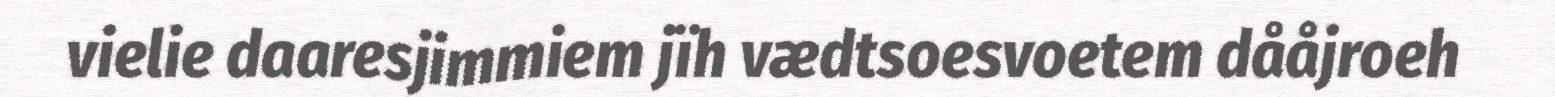
vielie daaresjimmiem jïh vædtsoesvoetem dååjroeh